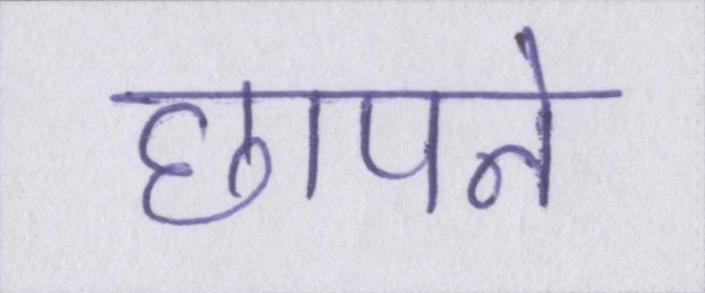
छापने